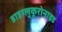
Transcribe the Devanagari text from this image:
डाइग्लुकूरोनाइड